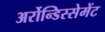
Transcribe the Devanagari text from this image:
अर्रोन्डिस्सेमेंट